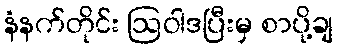
နံနက်တိုင်း ဩဝါဒပြီးမှ စာပို့ချ